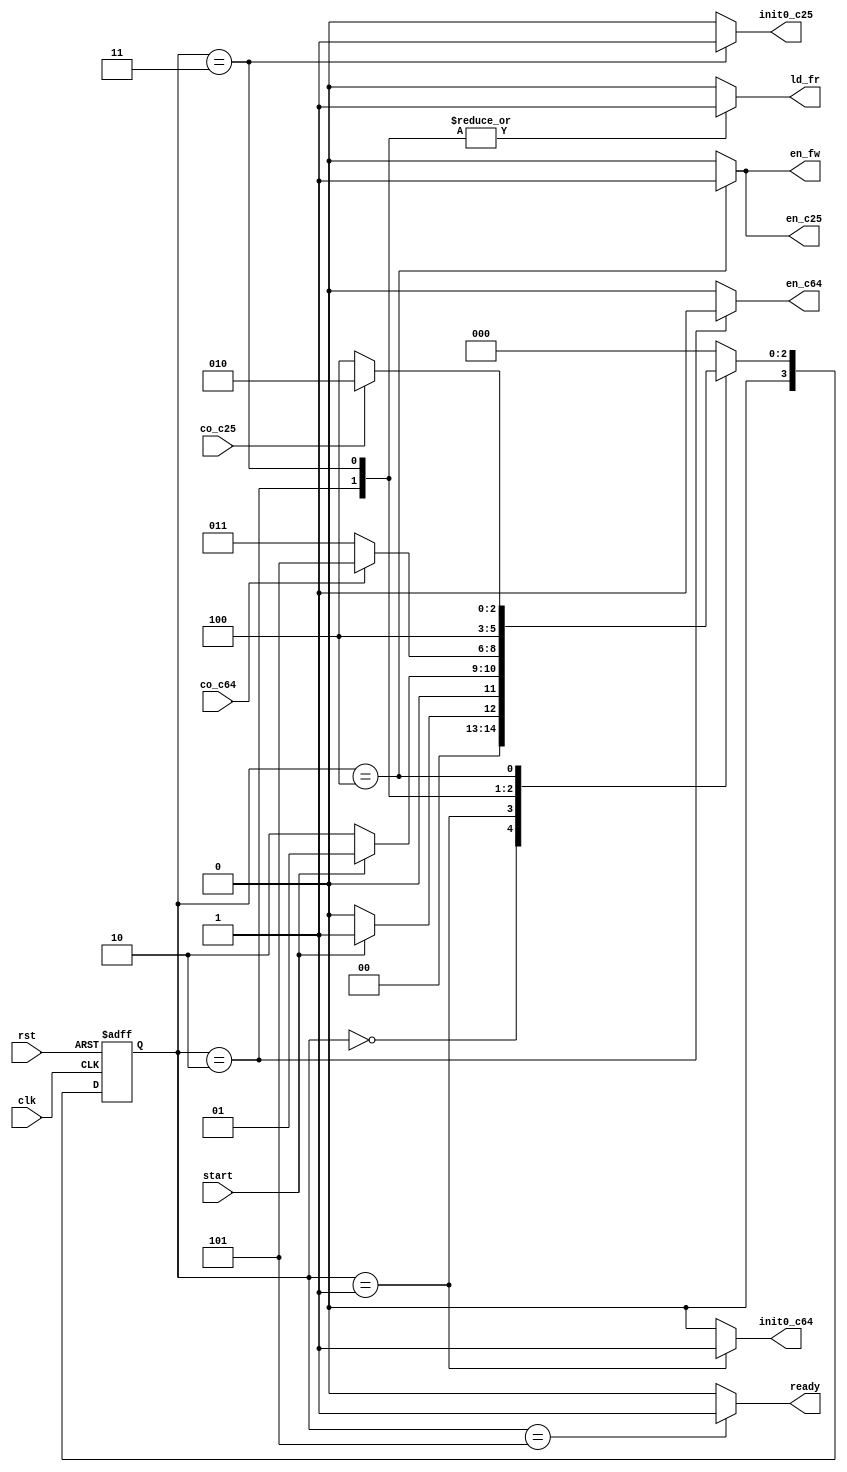
`timescale 1ns/1ns
module addRc_controller(clk, rst, start, co_c64, co_c25, ld_fr, en_fw, init0_c64, init0_c25, en_c64, en_c25, ready);
  
  input clk;
  input rst;
  input start;
  input co_c64;
  input co_c25;
  output reg ld_fr;
  output reg en_fw;
  output reg init0_c64;
  output reg init0_c25;
  output reg en_c64;
  output reg en_c25;
  output reg ready;
					
	reg [3:0] ps, ns;
	parameter [3:0] 
	Idling = 0, Sting = 1, Rding1 = 2, Rding2 = 3, Calc = 4, Done = 5;
	always@(ps, start, co_c64, co_c25) begin
		ns = Idling;
		{ld_fr, en_fw, init0_c64, init0_c25, en_c64, en_c25, ready} = 7'b0;
			case(ps)
				Idling: begin ns = (start) ? Sting : Idling; end
				Sting: begin ns = (~start) ? Rding1 : Sting; init0_c64 = 1; end
				Rding1: begin ns = (~co_c64) ? Rding2 : Done; ld_fr = 1; en_c64 = 1; end
				Rding2: begin ns = Calc; ld_fr = 1; init0_c25 = 1; end
			    Calc: begin ns = (~co_c25) ? Calc : Rding1; en_c25 = 1; en_fw = 1; end
				Done: begin ns = Idling; ready = 1; end
				default: ns = Idling;
			endcase
	end
	
	always@(posedge clk, posedge rst) begin
		if (rst) ps <= Idling;
		else ps <= ns;
	end
	
endmodule